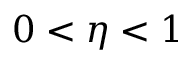
0 < \eta < 1